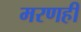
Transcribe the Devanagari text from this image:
मरणही